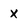
Character: x